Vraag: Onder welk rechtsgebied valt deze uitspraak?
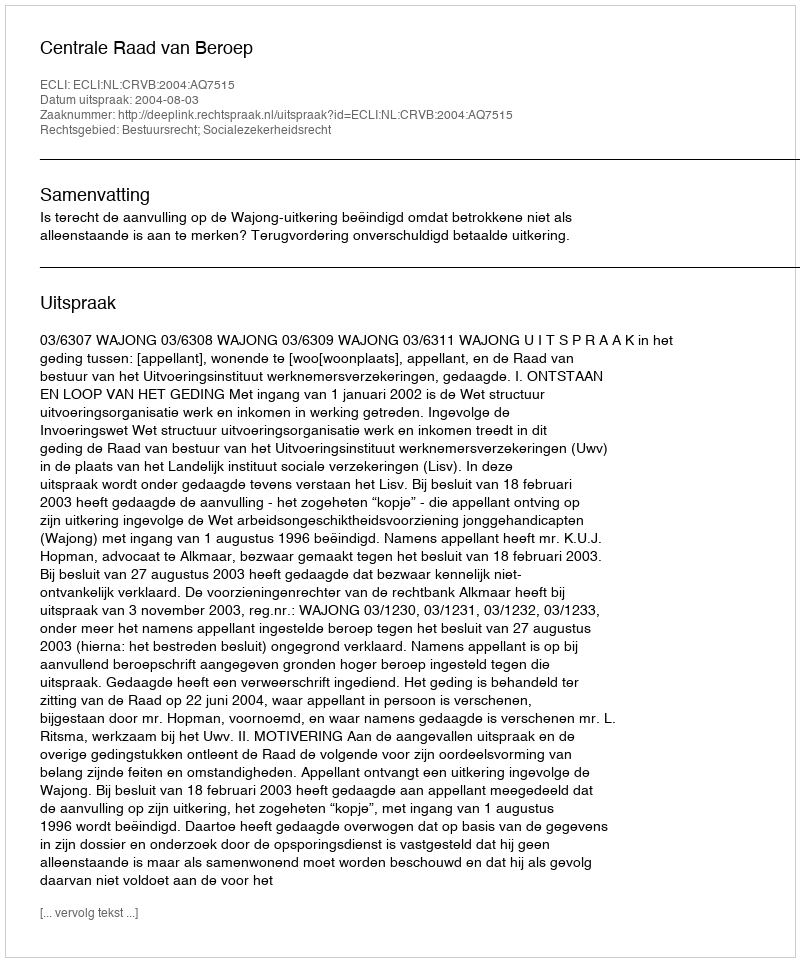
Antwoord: Bestuursrecht; Socialezekerheidsrecht